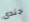
جندى